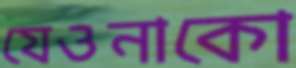
যেওনাকো